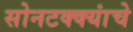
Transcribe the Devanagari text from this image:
सोनटक्क्यांचे